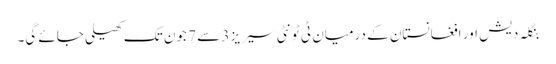
بنگلہ دیش اور افغانستان کے درمیان ٹی ٹونٹی سیریز 3 سے 7 جون تک کھیلی جائے گی۔